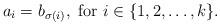
LaTeX: \begin{align*} a_i = b_{\sigma(i)}, \mbox{ for } i\in \{1,2,\ldots,k\} .\end{align*}